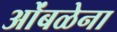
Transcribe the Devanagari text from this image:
ओंबळेना